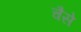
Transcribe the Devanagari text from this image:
चैसे